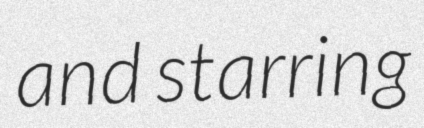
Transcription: and starring